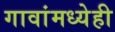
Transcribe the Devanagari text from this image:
गावांमध्येही